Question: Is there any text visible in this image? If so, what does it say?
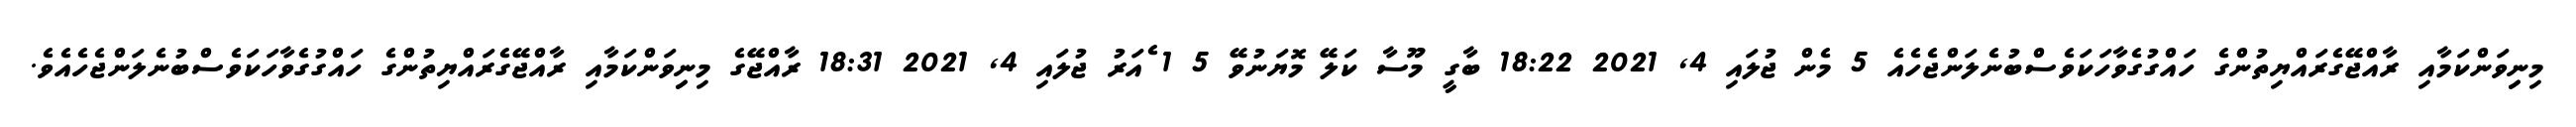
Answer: މިނިިވަންކަމާއި ރާއްޖޭގެރައްޔިތުންގެ ހައްގުގެވާހަކަވެސްބުނެލަންޖެހެއެ 5 މެން ޖުލައި 4, 2021 18:22 ބާގީ މޫސާ ކަލޭ މޮޔަނުވޭ 5 1 ެއަރު ޖުލައި 4, 2021 18:31 ރާއްޖޭގެ މިނިިވަންކަމާއި ރާއްޖޭގެރައްޔިތުންގެ ހައްގުގެވާހަކަވެސްބުނެލަންޖެހެއެވެ.